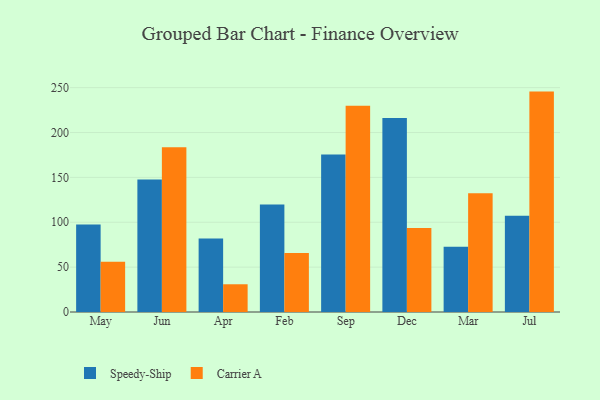
{"axis": {"x": "Month", "y": "Backlog"}, "legend": ["Carrier A", "Speedy-Ship"], "data": [{"x": "May", "y": 97.5, "type": "Speedy-Ship"}, {"x": "May", "y": 56.0, "type": "Carrier A"}, {"x": "Jun", "y": 147.6, "type": "Speedy-Ship"}, {"x": "Jun", "y": 183.6, "type": "Carrier A"}, {"x": "Apr", "y": 81.9, "type": "Speedy-Ship"}, {"x": "Apr", "y": 30.9, "type": "Carrier A"}, {"x": "Feb", "y": 119.9, "type": "Speedy-Ship"}, {"x": "Feb", "y": 65.7, "type": "Carrier A"}, {"x": "Sep", "y": 175.5, "type": "Speedy-Ship"}, {"x": "Sep", "y": 229.7, "type": "Carrier A"}, {"x": "Dec", "y": 216.1, "type": "Speedy-Ship"}, {"x": "Dec", "y": 93.7, "type": "Carrier A"}, {"x": "Mar", "y": 72.8, "type": "Speedy-Ship"}, {"x": "Mar", "y": 132.4, "type": "Carrier A"}, {"x": "Jul", "y": 107.3, "type": "Speedy-Ship"}, {"x": "Jul", "y": 245.6, "type": "Carrier A"}]}